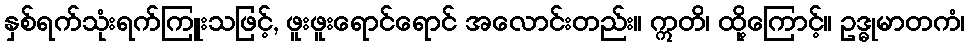
နှစ်ရက်သုံးရက်ကြူးသဖြင့်, ဖူးဖူးရောင်ရောင် အလောင်းတည်း။ ဣတိ၊ ထို့ကြောင့်။ ဥဒ္ဓုမာတကံ၊